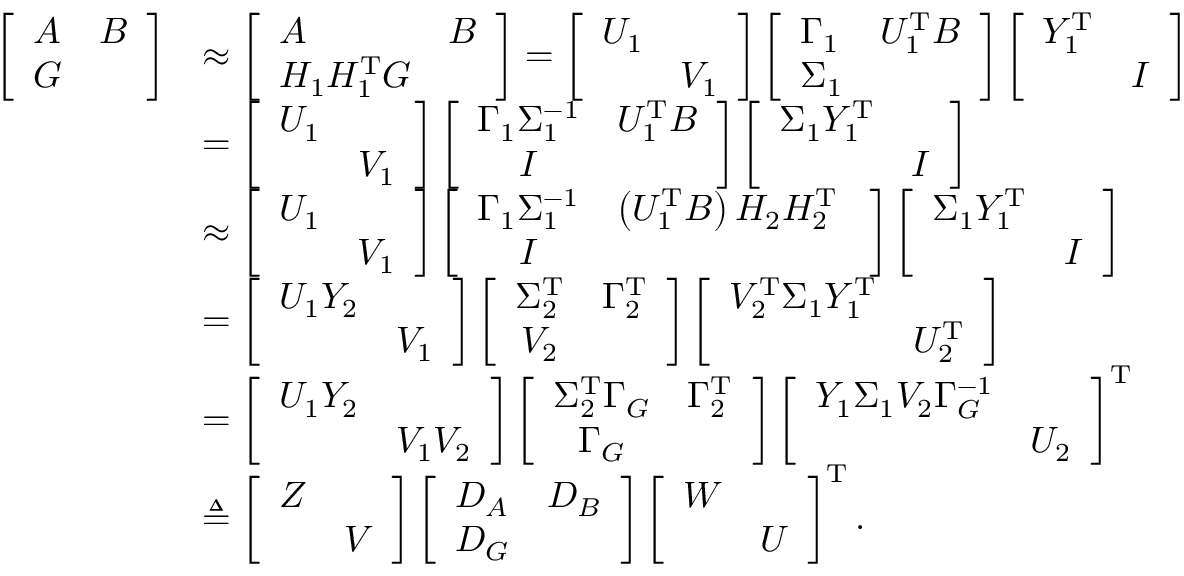
\begin{array} { r l } { { \left[ \begin{array} { l l } { A } & { B } \\ { G } & \end{array} \right] } } & { \approx { \left[ \begin{array} { l l } { A } & { B } \\ { H _ { 1 } H _ { 1 } ^ { \mathrm { T } } G } & \end{array} \right] } = \left[ \begin{array} { l l } { U _ { 1 } } & \\ & { V _ { 1 } } \end{array} \right] \left[ \begin{array} { l l } { \Gamma _ { 1 } } & { U _ { 1 } ^ { \mathrm { T } } B } \\ { \Sigma _ { 1 } } & \end{array} \right] \left[ \begin{array} { c c } { Y _ { 1 } ^ { \mathrm { T } } } & \\ & { I } \end{array} \right] } \\ & { = \left[ \begin{array} { l l } { U _ { 1 } } & \\ & { V _ { 1 } } \end{array} \right] \left[ \begin{array} { c c } { \Gamma _ { 1 } \Sigma _ { 1 } ^ { - 1 } } & { U _ { 1 } ^ { \mathrm { T } } B } \\ { I } & \end{array} \right] \left[ \begin{array} { c c } { \Sigma _ { 1 } Y _ { 1 } ^ { \mathrm { T } } } & \\ & { I } \end{array} \right] } \\ & { \approx \left[ \begin{array} { l l } { U _ { 1 } } & \\ & { V _ { 1 } } \end{array} \right] \left[ \begin{array} { c c } { \Gamma _ { 1 } \Sigma _ { 1 } ^ { - 1 } } & { \left( U _ { 1 } ^ { \mathrm { T } } B \right) H _ { 2 } H _ { 2 } ^ { \mathrm T } \ } \\ { I } & \end{array} \right] \left[ \begin{array} { c c } { \Sigma _ { 1 } Y _ { 1 } ^ { \mathrm { T } } } & \\ & { I } \end{array} \right] } \\ & { = \left[ \begin{array} { l l } { U _ { 1 } Y _ { 2 } } & \\ & { V _ { 1 } } \end{array} \right] \left[ \begin{array} { c c } { \Sigma _ { 2 } ^ { \mathrm { T } } } & { \Gamma _ { 2 } ^ { \mathrm { T } } } \\ { V _ { 2 } } & \end{array} \right] \left[ \begin{array} { l l } { V _ { 2 } ^ { \mathrm { T } } \Sigma _ { 1 } Y _ { 1 } ^ { \mathrm { T } } } & \\ & { U _ { 2 } ^ { \mathrm { T } } } \end{array} \right] } \\ & { = \left[ \begin{array} { l l } { U _ { 1 } Y _ { 2 } } & \\ & { V _ { 1 } V _ { 2 } } \end{array} \right] \left[ \begin{array} { c c } { \Sigma _ { 2 } ^ { \mathrm { T } } \Gamma _ { G } } & { \Gamma _ { 2 } ^ { \mathrm { T } } } \\ { \Gamma _ { G } } & \end{array} \right] \left[ \begin{array} { c c } { Y _ { 1 } \Sigma _ { 1 } V _ { 2 } \Gamma _ { G } ^ { - 1 } } & \\ & { U _ { 2 } } \end{array} \right] ^ { \mathrm { T } } } \\ & { \triangleq \left[ \begin{array} { l l } { Z } & \\ & { V } \end{array} \right] \left[ \begin{array} { l l } { D _ { A } } & { D _ { B } } \\ { D _ { G } } & \end{array} \right] \left[ \begin{array} { l l } { W } & \\ & { U } \end{array} \right] ^ { \mathrm { T } } . } \end{array}